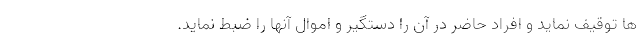
ها توقیف نماید و افراد حاضر در آن را دستگیر و اموال آنها را ضبط نماید.